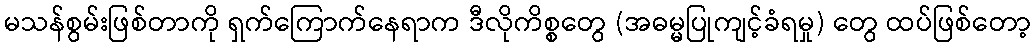
မသန်စွမ်းဖြစ်တာကို ရှက်ကြောက်နေရာက ဒီလိုကိစ္စတွေ (အဓမ္မပြုကျင့်ခံရမှု) တွေ ထပ်ဖြစ်တော့